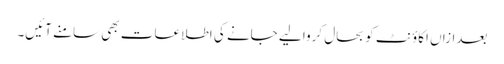
بعدازاں اکاؤنٹ کو بحال کروا لیے جانے کی اطلاعات بھی سامنے آئیں۔